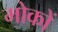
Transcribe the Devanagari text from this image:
मोकों